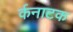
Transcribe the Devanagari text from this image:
र्कनाटक